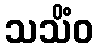
သသိံဝ